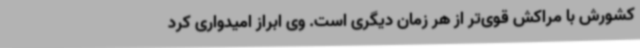
کشورش با مراکش قوی‌تر از هر زمان دیگری است. وی ابراز امیدواری کرد